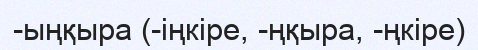
-ыңқыра (-іңкіре, -ңқыра, -ңкіре)